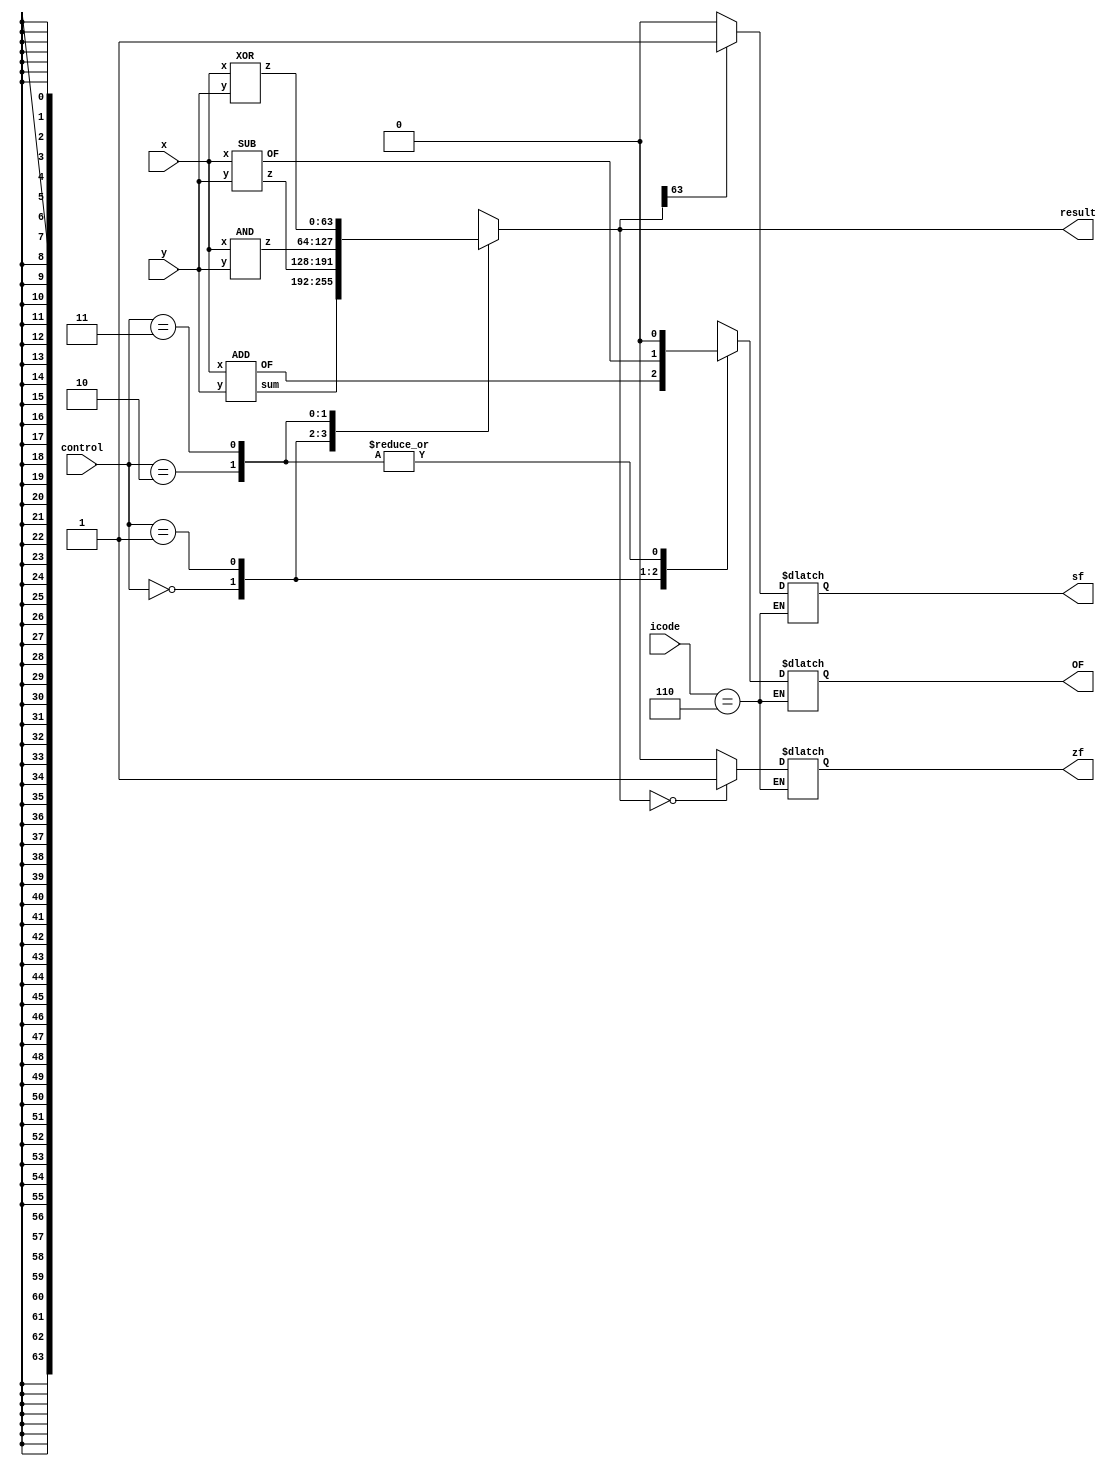
module ALU_final(icode,x,y,control,result,zf,sf,OF);
  input [3:0] icode;
  input signed[63:0] x,y;
  input [1:0] control;
  output reg signed[63:0] result;
  output reg zf;
  output reg sf;
  output reg OF;
  
  wire signed [63:0]ans1;
  wire signed [63:0]ans2;
  wire signed [63:0]ans3;
  wire signed [63:0]ans4;

  reg signed [63:0]ansfinal;
  reg overflowfinal;
  wire OF1,OF2;
  ADD g1(x,y,ans1,OF1); 
  SUB g2(x,y,ans2,OF2);
  AND g3(x,y,ans3);
  XOR g4(x,y,ans4);
 
  always @(*)
  begin
    case(control)
      2'b00:begin
          ansfinal=ans1;
          overflowfinal=OF1;
        end
      2'b01:begin
          ansfinal=ans2;
          overflowfinal=OF2;
        end    
      2'b10:begin
          ansfinal=ans3;
          overflowfinal=1'b0;
        end
      2'b11:begin
          ansfinal=ans4;
          overflowfinal=1'b0;
        end
    endcase
  end  
always @(*)
  result= ansfinal;
  
always @(*)
    begin
        if(icode==4'b0110)
            begin
                if(ansfinal==64'b0)
                    begin
                        zf=1;
                    end
                else
                    begin
                        zf=0;
                    end
               
                if(ansfinal[63]==1'b1)
                    begin
                        sf=1;
                    end
                else
                    begin
                        sf=0;
                    end                              
                OF= overflowfinal;
            end
    end        
endmodule

module XOR(x,y,z);
input [63:0] x,y;
output [63:0] z;

genvar i;

generate
for(i=0;i<64;i = i+1) begin

xor(z[i] , x[i] , y[i]);

end

endgenerate

endmodule

module AND(x,y,z);
input[0:63] x,y;
output[0:63]z;

genvar i;

generate

for(i=0;i<64;i = i+1) begin

and(z[i] , x[i] , y[i]);

end

endgenerate

endmodule

module ADD(x,y,sum,OF);
input signed[63:0] x,y;
output signed[63:0] sum;
output signed OF;
wire signed[63:0] ci;

wire carry_in;
assign carry_in = 1'b0;


full_adder FA1(x[0],y[0],carry_in,sum[0],ci[0]);
genvar i;
generate
for(i=1;i<64;i=i+1) 
begin
full_adder FA0(x[i] , y[i] , ci[i-1] , sum[i] , ci[i]);
end
endgenerate

xor(OF,ci[62],ci[63]);

endmodule

module full_adder(x,y,carry_in,sum,carry);
   input signed x,y,carry_in;
   output signed sum,carry;
   wire signed w1,w2,w3,w4,w5;
   xor(w1,x,y);
   xor(sum,w1,carry_in);
   and(w2,x,y);
   and(w3,x,carry_in);
   and(w4,y,carry_in);
   or(w5,w2,w3);
   or(carry,w5,w4);
endmodule

module  SUB(x,y,z,OF);
input signed[63:0] x,y;
output signed[63:0] z;
output OF;

wire signed[63:0] u,v,w;
wire signed[63:0] k;


twocomp comp(y , u);



ADD sub_add(x , u , w , OF);

assign z=w;

endmodule



module twocomp(x ,y);
input signed[63:0] x;
output signed[63:0] y;
wire signed[63:0] w;
wire c_out;
genvar i;
generate 
for(i=0 ; i<64 ; i = i+1) 
begin
not (w[i] , x[i]);
end
endgenerate
ADD twocomp1(w,64'b1,y,c_out);
endmodule